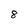
Character: 8